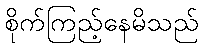
စိုက်ကြည့်နေမိသည်